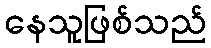
နေသူဖြစ်သည်